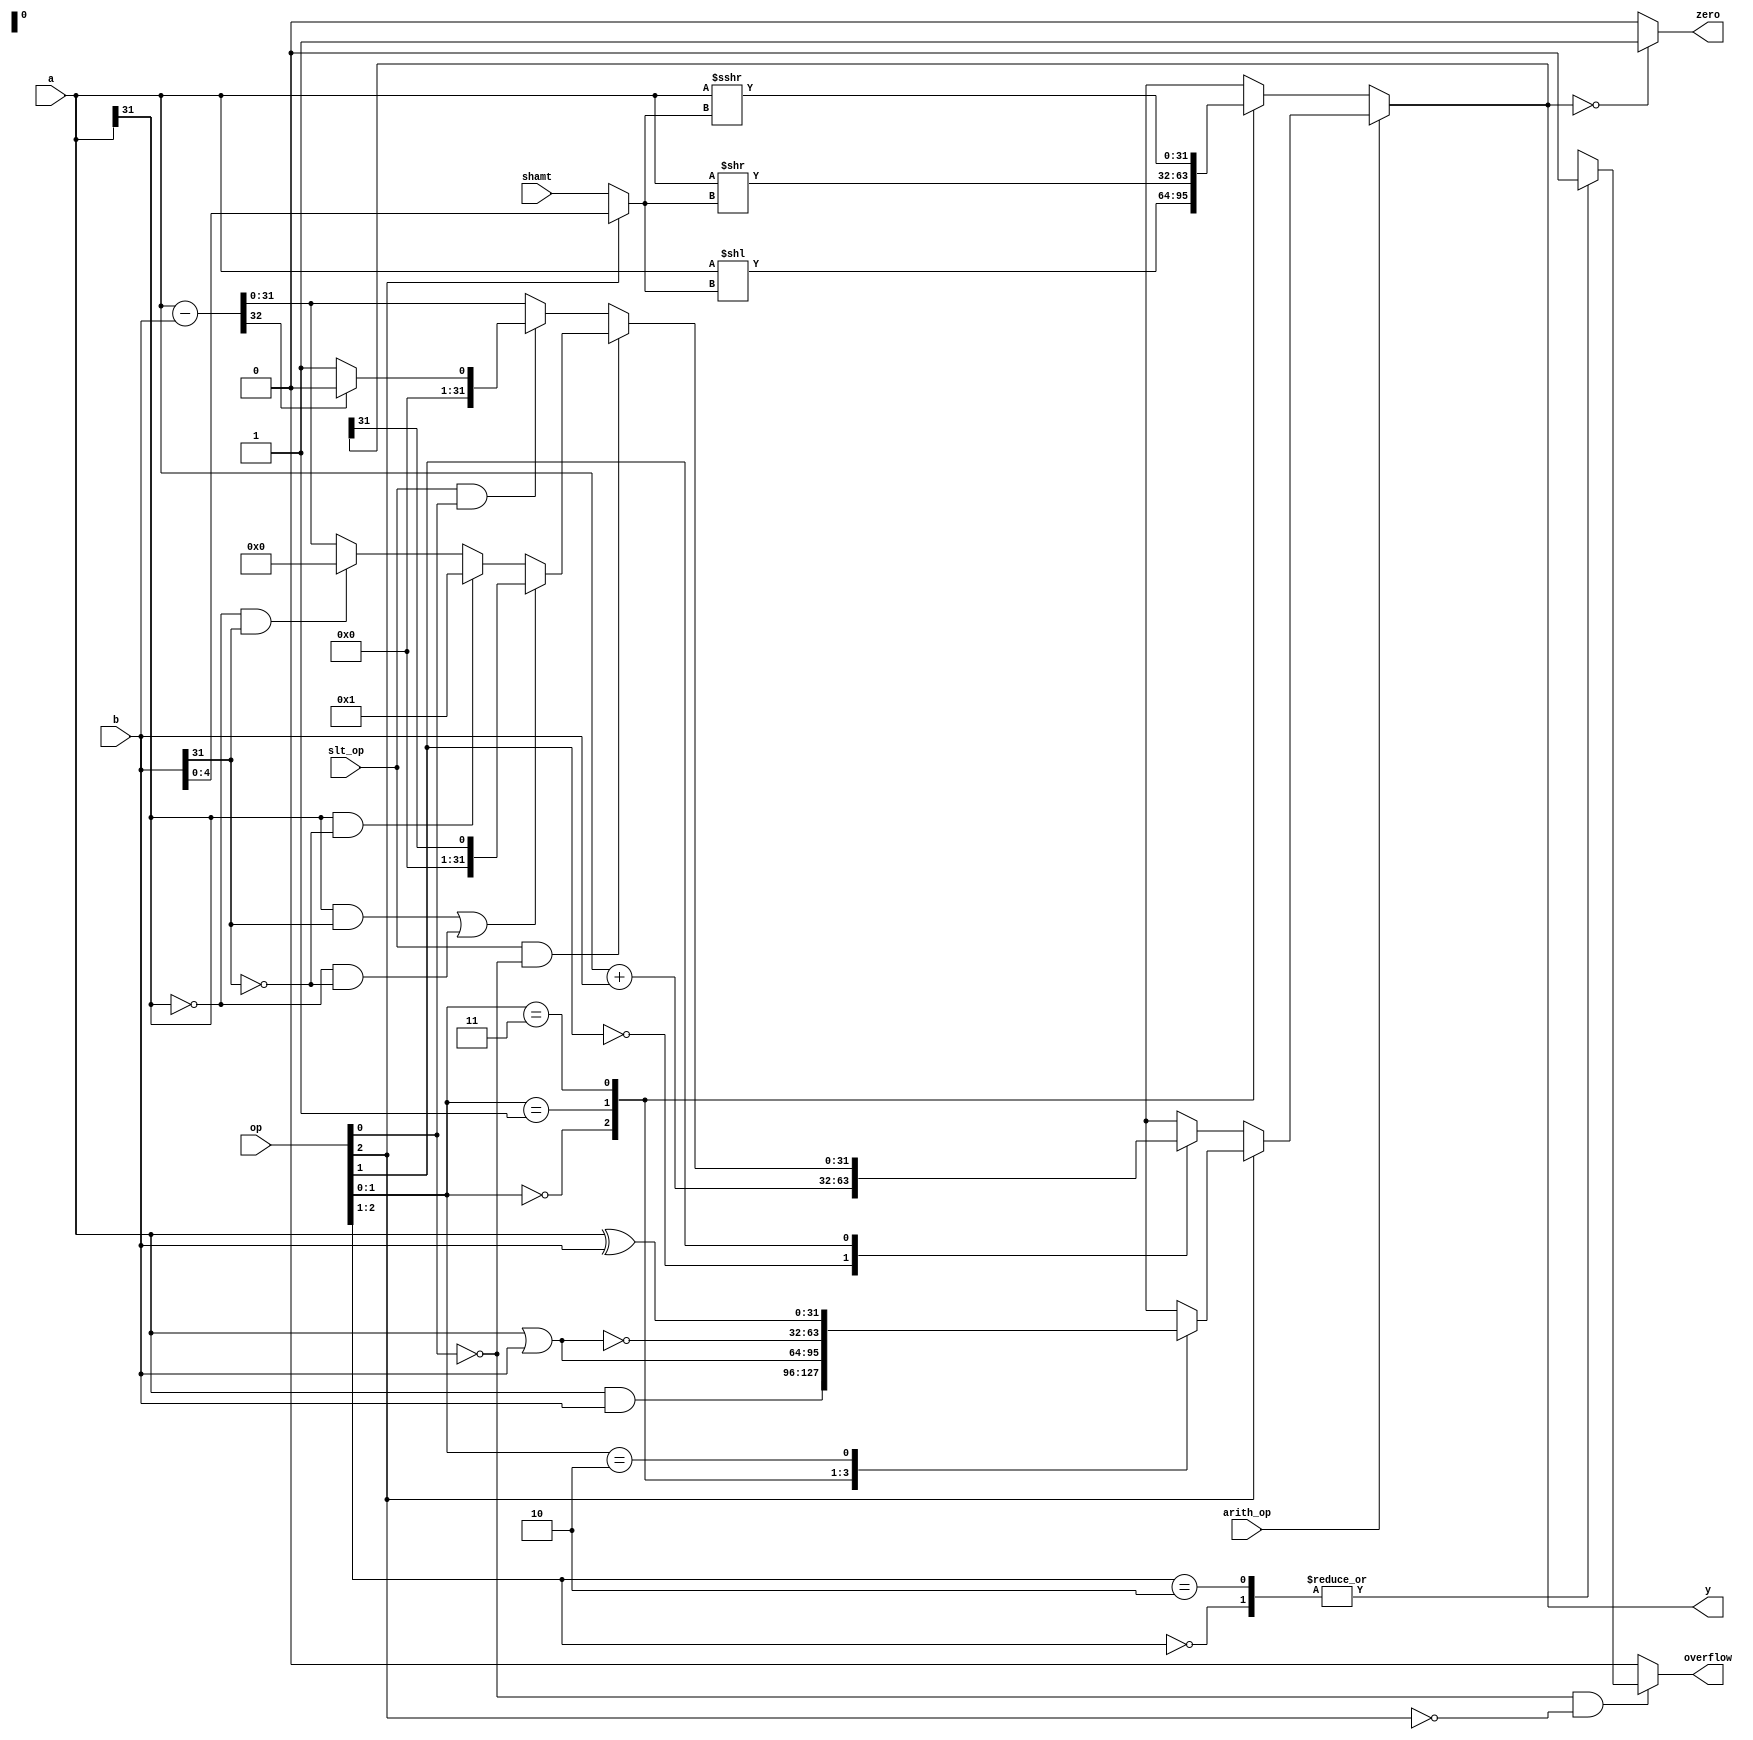
`timescale 1ns / 1ps

module alu (
         input  wire [2:0]  op,
         input  wire [31:0] a,
         input  wire [31:0] b,
         input  wire [4:0]  shamt,
         input  wire		   slt_op,
         input  wire        arith_op,
         output wire        zero,
         output reg		   overflow,
         output reg  [31:0] y
       );

wire shift_left,
     shift_var,
     shift_arith,
     signA,
     signB,
     aNEG_bPOS,
     aPOS_bNEG;

reg carry;

wire signR;

assign shift_arith = op[0];
assign shift_left  = op[1];
assign shift_var   = op[2];
assign aNEG_bPOS   = ~signA & signB;
assign aPOS_bNEG   = signA & ~signB;
assign signR       = y[31];

wire [4:0] shift_amt = (shift_var) ? b[4:0] : shamt;

assign signA = a[31];
assign signB = b[31];
assign zero = (y == 0) ? 1'b1 : 1'b0;


always @ (*)
  begin
    if(arith_op)
      begin
        if(op[2]) // BITWISE OPS
          begin
            carry = 1'b0;
            case (op[1:0])
              2'b00:
                y = a & b;
              2'b01:
                y = a | b;
              2'b11:
                y = ~(a | b);
              2'b10:
                y = a ^ b;
              default:
                y = 32'hxxxxxxxx;
            endcase
          end
        else // Not BITWISE
          begin
            case (op[1]) // ADD or SUB
              1'b0:
                {carry, y} = {1'b0, a} + {1'b0, b};
              1'b1:
                begin // SLT/SUB

                  {carry, y} = {1'b0, a} - {1'b0, b};

                  if(slt_op & ~op[0]) // signed SLT
                    begin


                      if((signA & signB) | (~signA & ~signB))
                        begin
                          y = {{31{1'b0}},signR};
                        end
                      else if(signA & ~signB) //a == neg, b == pos
                        begin
                          y = 32'd1;
                        end
                      else if(~signA & signB) // a == pos, b == neg
                        begin
                          y = 32'd0;
                        end
                    end

                  else if(slt_op & op[0]) // unsigned
                    begin
                      if(carry)
                        begin
                          y = 32'd0;
                        end
                      else if(~carry) // overflow
                        begin
                          y = 32'd1;
                        end
                    end
                end
              default:
                y = 32'hxxxxxxxx;
            endcase
          end
      end
    else // NOT arith_op -> shift ops
      begin
        case (op[1:0])
          2'b00:
            y = a << shift_amt;
          2'b01:
            y = a >> shift_amt;
          2'b11:
            y = a >>> shift_amt;
          default:
            y = 32'hxxxxxxxx;
        endcase
      end
  end

always@(*)
// always@(carry, y, op)
  begin
    if(~op[0] & ~op[2])
      begin
        case (op[2:1])
          2'b00:
            begin

              overflow = 0;
            end
          2'b10:
            begin
              overflow = 0;
            end
          default:
            overflow = 1'bx;
        endcase
      end
    else
      overflow = 1'b0;
  end


endmodule